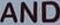
AND